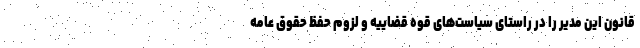
قانون این مدیر را در راستای سیاست‌های قوه قضاییه و لزوم حفظ حقوق عامه